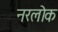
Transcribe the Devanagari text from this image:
नरलोक